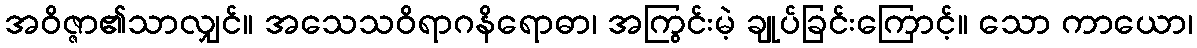
အဝိဇ္ဇာ၏သာလျှင်။ အသေသဝိရာဂနိရောဓာ၊ အကြွင်းမဲ့ ချုပ်ခြင်းကြောင့်။ သော ကာယော၊